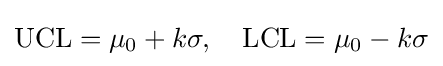
{\text{UCL}}=\mu _{0}+k\sigma ,\quad {\text{LCL}}=\mu _{0}-k\sigma